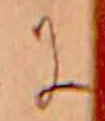
に